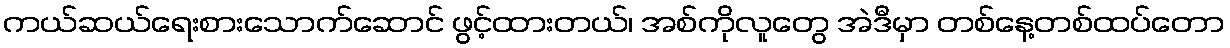
ကယ်ဆယ်ရေးစားသောက်ဆောင် ဖွင့်ထားတယ်၊ အစ်ကိုလူတွေ အဲဒီမှာ တစ်နေ့တစ်ထပ်တော